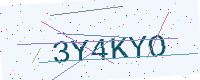
Text: 3Y4KYO